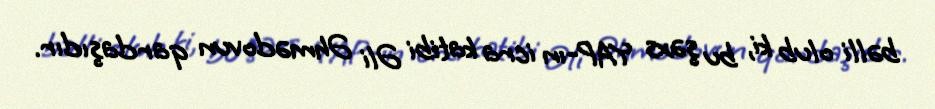
bəlli olub ki, bu şəxs YAP-ın icra katibi Əli Əhmədovun qardaşıdır.